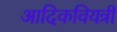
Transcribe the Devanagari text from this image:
आदिकवियत्री